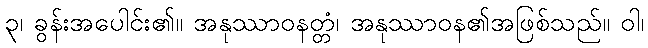
၃၊ ခွန်းအပေါင်း၏။ အနုဿာဝနတ္တံ၊ အနုဿာဝန၏အဖြစ်သည်။ ဝါ၊